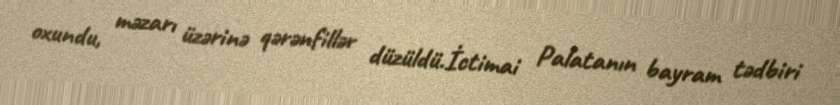
oxundu, məzarı üzərinə qərənfillər düzüldü.İctimai Palatanın bayram tədbiri